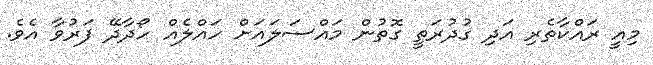
މިއީ ރައްކާތެރި އަދި ގުދުރަތީ ގޮތުން މައްސަލައަށް ހައްލެއް ހޯދާދޭ ފަރުވާ އެވެ.